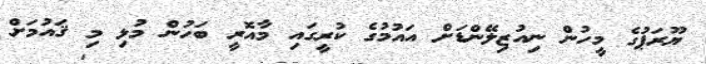
ޔޫރަޕުގެ މީހުން ނިއުޒިލޭންޑަށް އައުމުގެ ކުރީގައި މާއޮރީ ބަހުން މުޅި މި ޤައުމަށް